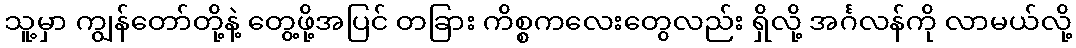
သူ့မှာ ကျွန်တော်တို့နဲ့ တွေ့ဖို့အပြင် တခြား ကိစ္စကလေးတွေလည်း ရှိလို့ အင်္ဂလန်ကို လာမယ်လို့